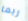
ربما